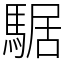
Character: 𩤅